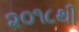
૨૦૧૮થી